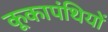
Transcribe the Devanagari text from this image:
कूकापंथियों